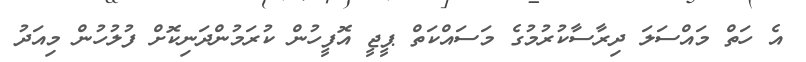
އެ ހަތް މައްސަލަ ދިރާސާކުރުމުގެ މަސައްކަތް ޕީޖީ އޮފީހުން ކުރަމުންދަނިކޮށް ފުލުހުން މިއަދު